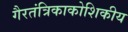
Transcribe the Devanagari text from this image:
गैरतंत्रिकाकोशिकीय